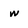
Character: w